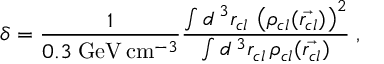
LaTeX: \delta = \frac { 1 } { 0 . 3 \; \mathrm { G e V } \, \mathrm { c m } ^ { - 3 } } \frac { \int d ^ { \, 3 } r _ { c l } \, \left( \rho _ { c l } ( \vec { r _ { c l } } ) \right) ^ { 2 } } { \int d ^ { \, 3 } r _ { c l } \, \rho _ { c l } ( \vec { r _ { c l } } ) } \; ,